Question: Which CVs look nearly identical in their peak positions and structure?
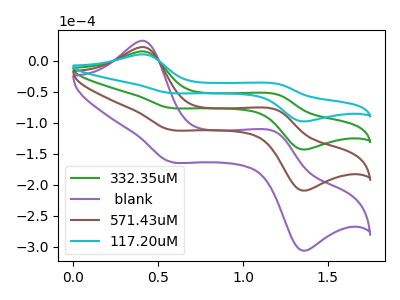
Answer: <think>The green curve "332.35uM" has anodic peaks at (0.40V, 15.05uA) (1.20V, -54.30uA) and cathodic peaks at (0.55V, -75.85uA) (1.35V, -142.60uA). The purple curve " blank" has anodic peaks at (0.40V, 45.15uA) (1.20V, -162.85uA) and cathodic peaks at (0.55V, -227.55uA) (1.35V, -427.85uA). The brown curve "571.43uM" has anodic peaks at (0.40V, 30.10uA) (1.20V, -108.55uA) and cathodic peaks at (0.55V, -151.70uA) (1.35V, -285.25uA). The cyan curve "117.20uM" has anodic peaks at (0.40V, 10.30uA) (1.20V, -37.10uA) and cathodic peaks at (0.55V, -51.85uA) (1.35V, -97.50uA).
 All the peaks in "332.35uM" have a peak in " blank" at the same potential. All the peaks in "332.35uM" have a peak in "571.43uM" at the same potential. All the peaks in "332.35uM" have a peak in "117.20uM" at the same potential. All the peaks in " blank" have a peak in "571.43uM" at the same potential. All the peaks in " blank" have a peak in "117.20uM" at the same potential. All the peaks in "571.43uM" have a peak in "117.20uM" at the same potential.</think>
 <answer>"117.20uM", "332.35uM", " blank" and "571.43uM" have the same shape and are likely CV's of the same chemical.</answer>
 <eval>"117.20uM" "332.35uM" " blank" "571.43uM"</eval>